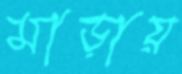
মাড়ায়